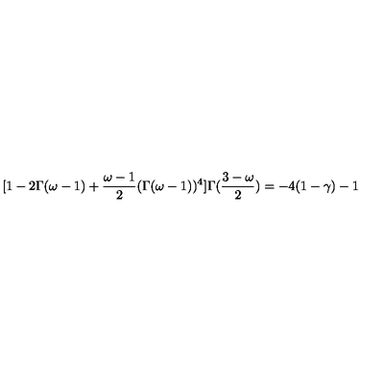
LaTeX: [ 1 - 2 \Gamma ( \omega - 1 ) + \frac { \omega - 1 } { 2 } ( \Gamma ( \omega - 1 ) ) ^ { 4 } ] \Gamma ( \frac { 3 - \omega } { 2 } ) = - 4 ( 1 - \gamma ) - 1